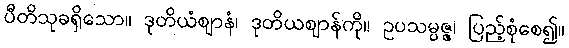
ပီတိသုခရှိသော။ ဒုတိယံဈာနံ၊ ဒုတိယဈာန်ကို။ ဥပသမ္ပဇ္ဇ၊ ပြည့်စုံစေ၍။